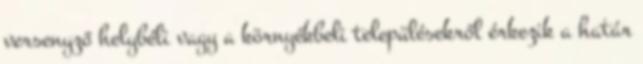
versenyző helybéli vagy a környékbeli településekről érkezik a határ